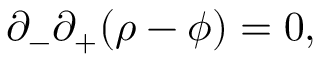
\partial _ { - } \partial _ { + } ( \rho - \phi ) = 0 ,